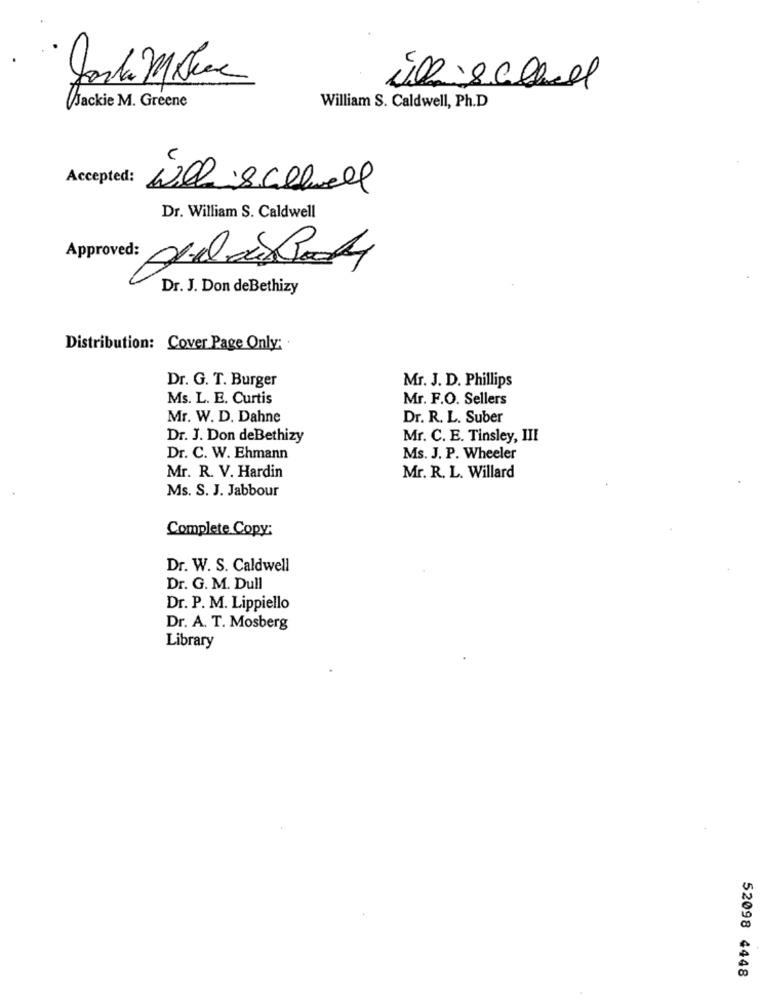
Jackie M. Greene
William S. Caldwell, Ph.D
Accepted:
Willis colhall
Dr. William S. Caldwell
Approved: ApeloBody
Dr. J. Don deBethizy
Distribution: Cover Page Only:
Mr. J. D. Phillips
Dr. G. T. Burger
Ms. L. E. Curtis
Mr. F.O. Sellers
Mr. W. D. Dahne
Dr. R. L. Suber
Dr. J. Don deBethizy
Mr. C. E. Tinsley, III
Dr. C. W. Ehmann
Ms. J. P. Wheeler
Mr. R. V. Hardin
Mr. R. L. Willard
Ms. S. J. Jabbour
Complete Copy:
Dr. W. S. Caldwell
Dr. G. M. Dull
Dr. P. M. Lippiello
Dr. A. T. Mosberg
Library
52098 4448